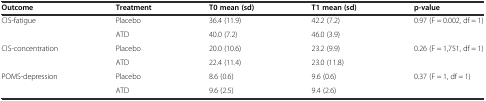
| Outcome | Treatment | T0 mean (sd) | T1 mean (sd) | p-value |
 | --- | --- | --- | --- | --- |
 | CIS-fatigue | Placebo | 36.4 (11.9) | 42.2 (7.2) | 0.97 (F = 0.002, df = 1) |
 |  | ATD | 40.0 (7.2) | 46.0 (3.9) |  |
 | CIS-concentration | Placebo | 20.0 (10.6) | 23.2 (9.9) | 0.26 (F = 1,751, df = 1) |
 |  | ATD | 22.4 (11.4) | 23.0 (11.8) |  |
 | POMS-depression | Placebo | 8.6 (0.6) | 9.6 (0.6) | 0.37 (F = 1, df = 1) |
 |  | ATD | 9.6 (2.5) | 9.4 (2.6) |  |